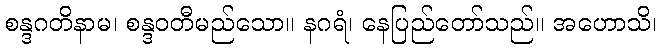
စန္ဒဂတိနာမ၊ စန္ဒဝတီမည်သော။ နဂရံ၊ နေပြည်တော်သည်။ အဟောသိ၊